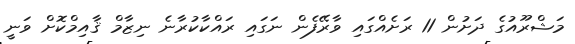
މަޝްރޫއުގެ ދަށުން 11 ރަށެއްގައި ވާރޭފެން ނަގައި ރައްކާކުރާނެ ނިޒާމް ޤާއިމްކޮށް ވަނީ